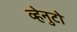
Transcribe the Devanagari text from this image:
व्हेनुटो